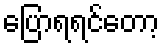
ပြောရရင်တော့